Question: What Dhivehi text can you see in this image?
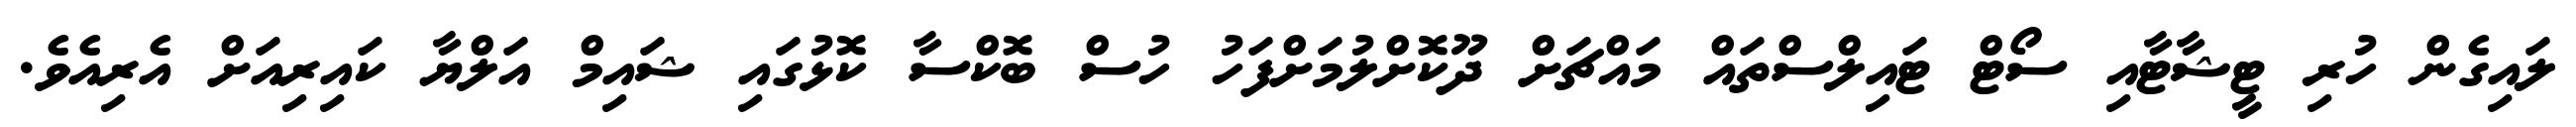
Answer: ލައިގެން ހުރި ޓީޝާޓާއި ސޯޓް ޓައިލްސްތައް މައްޗަށް ދޫކޮށްލުމަށްފަހު ހުސް ބޮކްސާ ކޮޅުގައި ޝައިމް އަލްޔާ ކައިރިއަށް އެރިއެވެ.